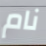
نام